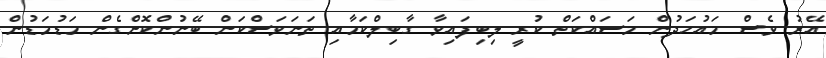
އޭރު ވެސް މައުހަދުން މަސައްކަތް ކުރީ ލިބިފައިވާ ގާބިލްކަމާއި ތަނަވަސްކަން ބޭނުންކޮށްގެން މަޑުމަޑުން